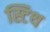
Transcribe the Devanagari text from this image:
स्टिथ